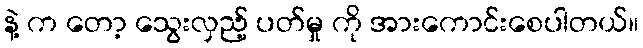
နဲ့ က တော့ သွေးလှည့် ပတ်မှု ကို အားကောင်းစေပါတယ်။